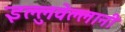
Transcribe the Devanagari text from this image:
इल्लुवेल्लानी